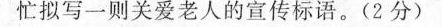
忙拟写一则关爱老人的宣传标语。(2分)